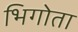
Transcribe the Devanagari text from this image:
भिगोता